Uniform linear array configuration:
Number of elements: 64
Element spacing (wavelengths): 0.25
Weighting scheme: exponential
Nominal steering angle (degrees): -60
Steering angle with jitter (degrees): -59.224
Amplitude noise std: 0.05
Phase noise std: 0.05

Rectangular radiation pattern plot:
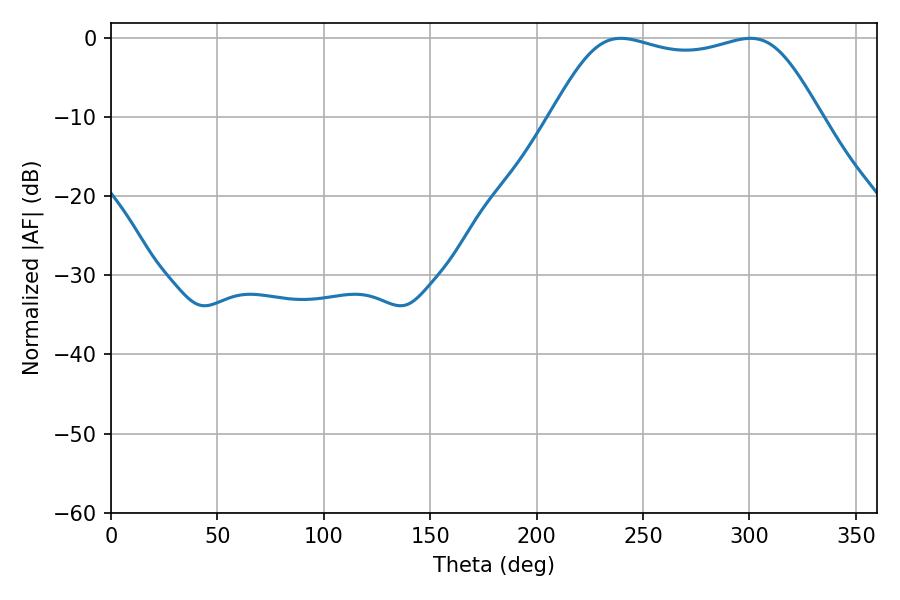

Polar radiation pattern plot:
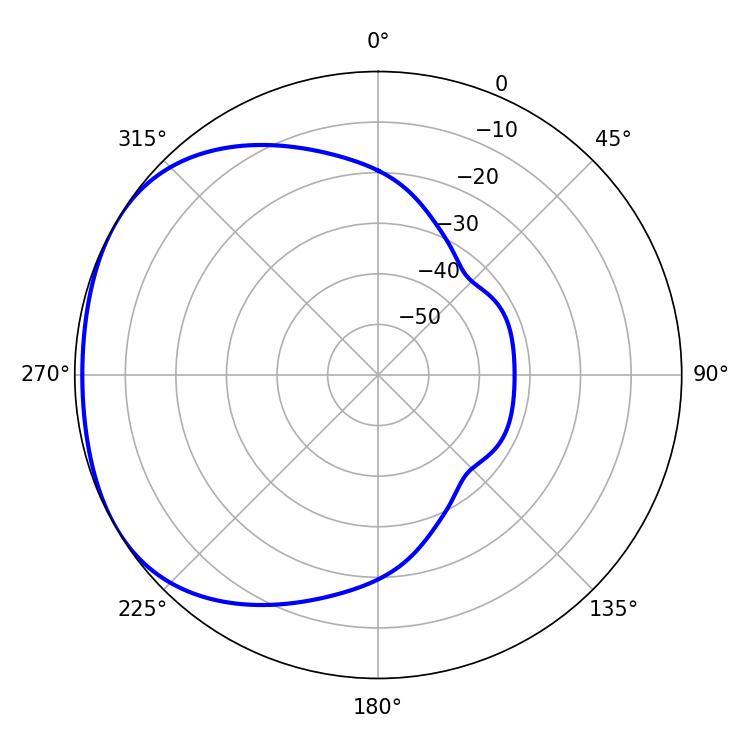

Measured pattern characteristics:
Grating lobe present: FALSE
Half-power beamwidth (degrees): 96.84
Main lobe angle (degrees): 239.58